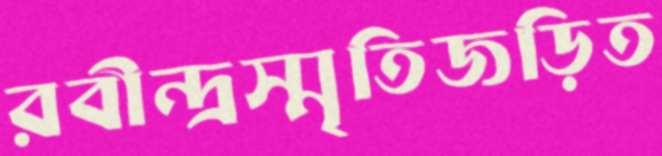
রবীন্দ্রস্মৃতিজড়িত